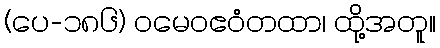
(ပေ-၁၈၆) ဝမေဝဧဝံတထာ၊ ထို့အတူ။